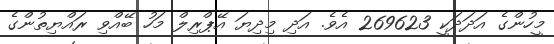
މީހުންގެ އަދަދަކީ 269623 އެވެ. އަދި މިދިޔަ އޭޕްރިލް މަހު ބޭއްވި ރައްޔިތުންގެ